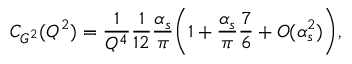
C _ { G ^ { 2 } } ( Q ^ { 2 } ) = \frac { 1 } { Q ^ { 4 } } \frac { 1 } { 1 2 } \frac { \alpha _ { s } } { \pi } \biggl ( 1 + \frac { \alpha _ { s } } { \pi } \frac { 7 } { 6 } + O ( \alpha _ { s } ^ { 2 } ) \biggr ) ,